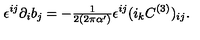
\epsilon ^ { i j } \partial _ { i } b _ { j } = - { \textstyle \frac { 1 } { 2 ( 2 \pi \alpha ^ { \prime } ) } } \epsilon ^ { i j } ( i _ { k } C ^ { ( 3 ) } ) _ { i j } .